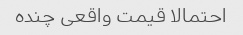
احتمالا قیمت واقعی چنده